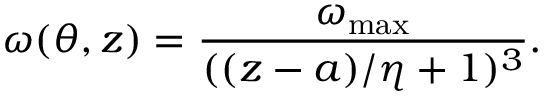
\omega ( \theta , z ) = \frac { \omega _ { \mathrm { m a x } } } { ( ( z - a ) / \eta + 1 ) ^ { 3 } } .